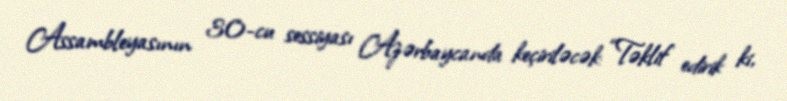
Assambleyasının 30-cu sessiyası Azərbaycanda keçiriləcək: “Təklif edirik ki,